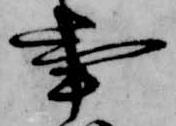
事